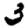
Digit: 3